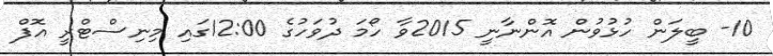
10- ބީލަން ހުޅުވުން އޮންނާނީ 2015ވާ ހޯމަ ދުވަހުގެ 12:00ގައި މިނިސްޓްރީ އޮފް